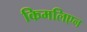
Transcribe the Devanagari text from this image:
किमलिएन